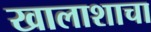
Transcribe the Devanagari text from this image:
खालाशाचा